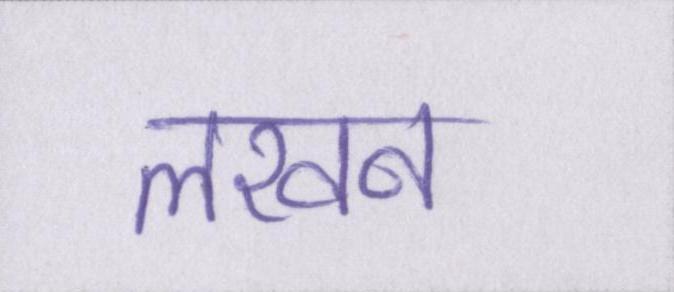
लखन